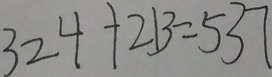
3 2 4 + 2 1 3 = 5 3 7